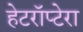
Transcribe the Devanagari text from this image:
हेटरॉप्टेरा